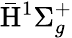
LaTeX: \bar{\mathrm{H}}^{1}\Sigma_{g}^{+}